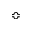
\Bumpeq